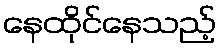
နေထိုင်နေသည့်